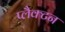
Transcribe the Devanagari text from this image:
प्लैक्टन